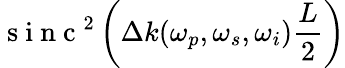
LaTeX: \mathrm{~s~i~n~c~}^{2}\left(\Delta k(\omega_{p},\omega_{s},\omega_{i})\frac{L}{2}\right)